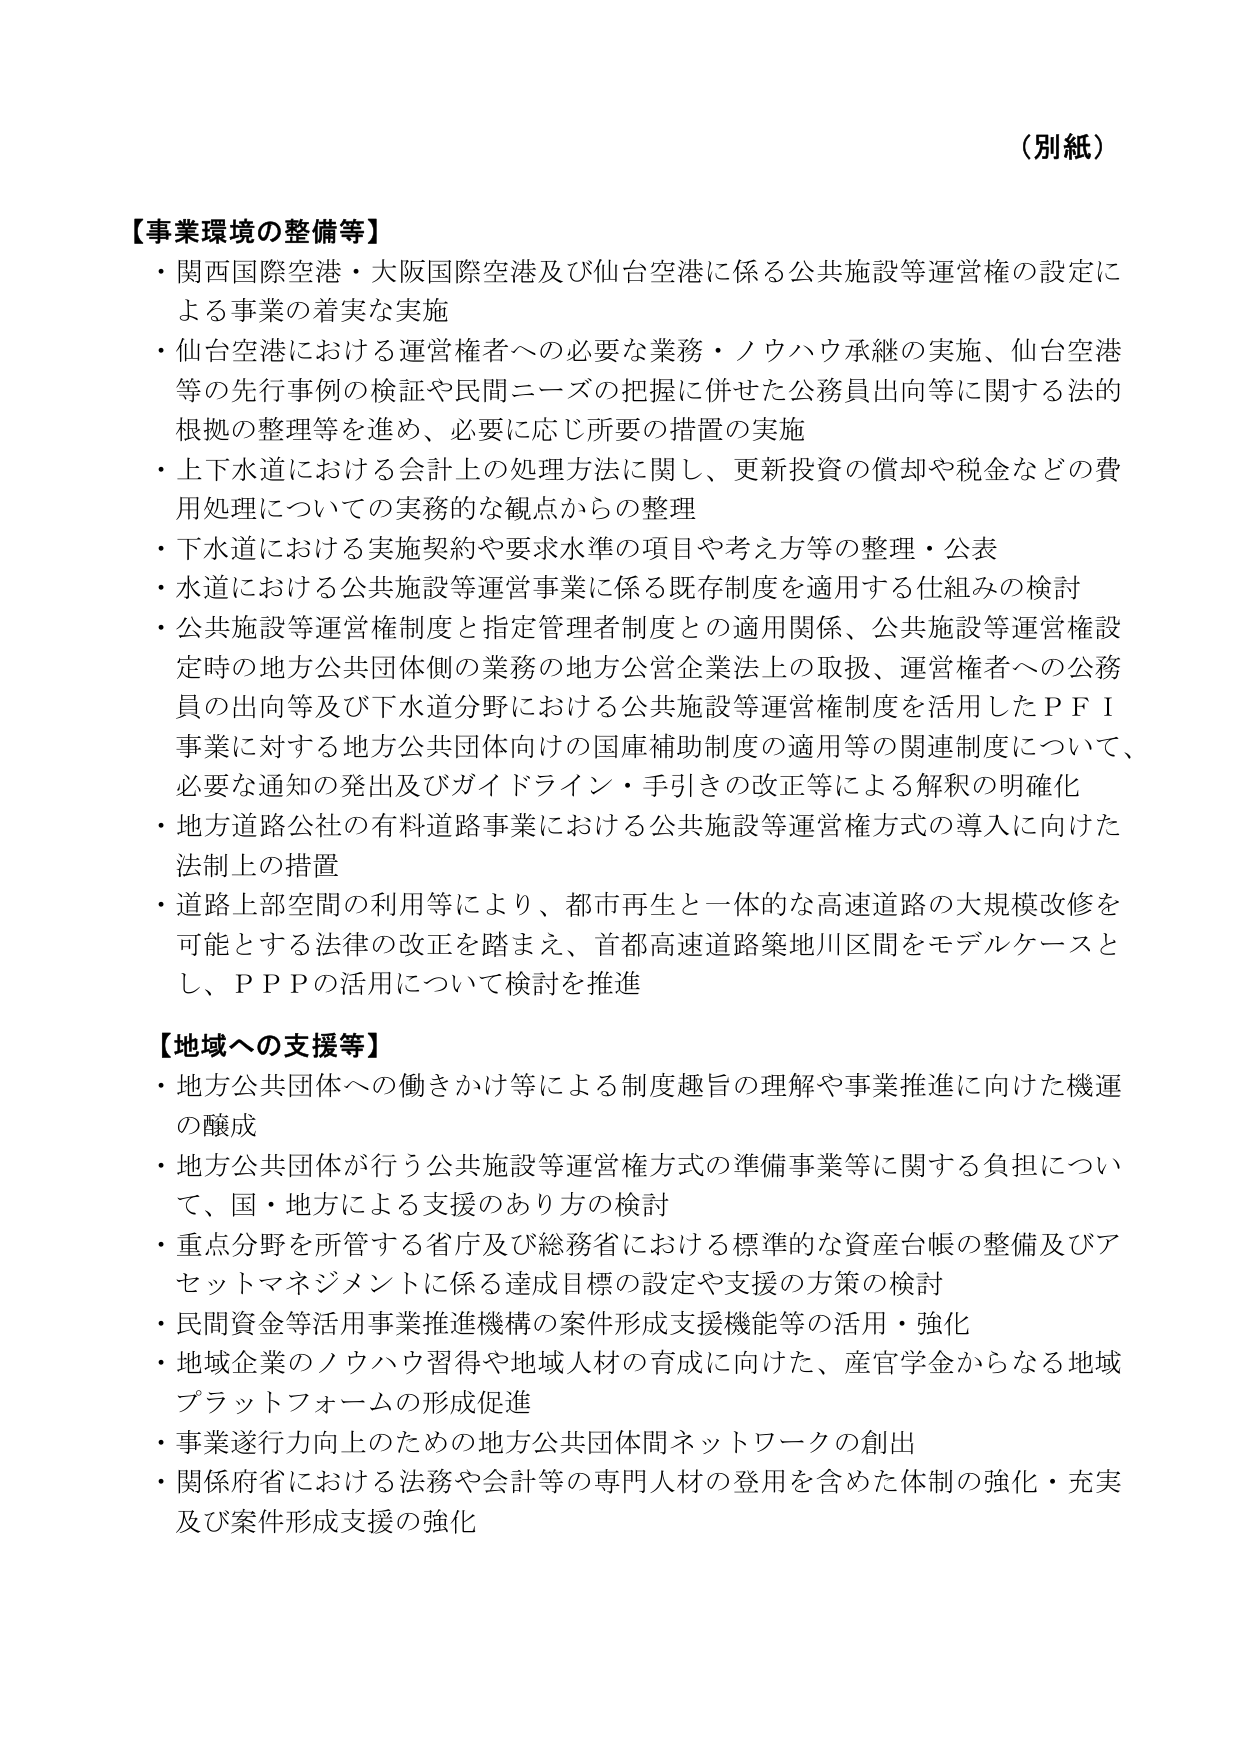
（別紙）

【事業環境の整備等】
・関西国際空港・大阪国際空港及び仙台空港に係る公共施設等運営権の設定に
  よる事業の着実な実施
・仙台空港における運営権者への必要な業務・ノウハウ承継の実施、仙台空港
  等の先行事例の検証や民間ニーズの把握に併せた公務員出向等に関する法的
  根拠の整理等を進め、必要に応じ所要の措置の実施
・上下水道における会計上の処理方法に関し、更新投資の償却や税金などの費
  用処理についての実務的な観点からの整理
・下水道における実施契約や要求水準の項目や考え方等の整理・公表
・水道における公共施設等運営事業に係る既存制度を適用する仕組みの検討
・公共施設等運営権制度と指定管理者制度との適用関係、公共施設等運営権設
  定時の地方公共団体側の業務の地方公営企業法上の取扱、運営権者への公務
  員の出向等及び下水道分野における公共施設等運営権制度を活用したＰＦＩ
  事業に対する地方公共団体向けの国庫補助制度の適用等の関連制度について、
  必要な通知の発出及びガイドライン・手引きの改正等による解釈の明確化
・地方道路公社の有料道路事業における公共施設等運営権方式の導入に向けた
  法制上の措置
・道路上部空間の利用等により、都市再生と一体的な高速道路の大規模改修を
  可能とする法律の改正を踏まえ、首都高速道路築地川区間をモデルケースと
  し、ＰＰＰの活用について検討を推進

【地域への支援等】
・地方公共団体への働きかけ等による制度趣旨の理解や事業推進に向けた機運
  の醸成
・地方公共団体が行う公共施設等運営権方式の準備事業等に関する負担につい
  て、国・地方による支援のあり方の検討
・重点分野を所管する省庁及び総務省における標準的な資産台帳の整備及びア
  セットマネジメントに係る達成目標の設定や支援の方策の検討
・民間資金等活用事業推進機構の案件形成支援機能等の活用・強化
・地域企業のノウハウ習得や地域人材の育成に向けた、産官学金からなる地域
  プラットフォームの形成促進
・事業遂行力向上のための地方公共団体間ネットワークの創出
・関係府省における法務や会計等の専門人材の登用を含めた体制の強化・充実
  及び案件形成支援の強化